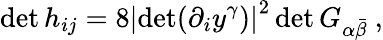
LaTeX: \operatorname*{det}h_{ij}=8\left|\operatorname*{det}(\partial_{i}y^{\gamma})\right|^{2}\operatorname*{det}G_{\alpha\bar{\beta}}\ ,